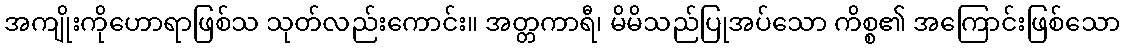
အကျိုးကိုဟောရာဖြစ်သ သုတ်လည်းကောင်း။ အတ္တကာရီ၊ မိမိသည်ပြုအပ်သော ကိစ္စ၏ အကြောင်းဖြစ်သော